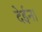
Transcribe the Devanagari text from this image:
देईन।